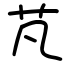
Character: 芃